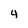
Character: 4